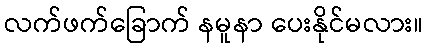
လက်ဖက်ခြောက် နမူနာ ပေးနိုင်မလား။